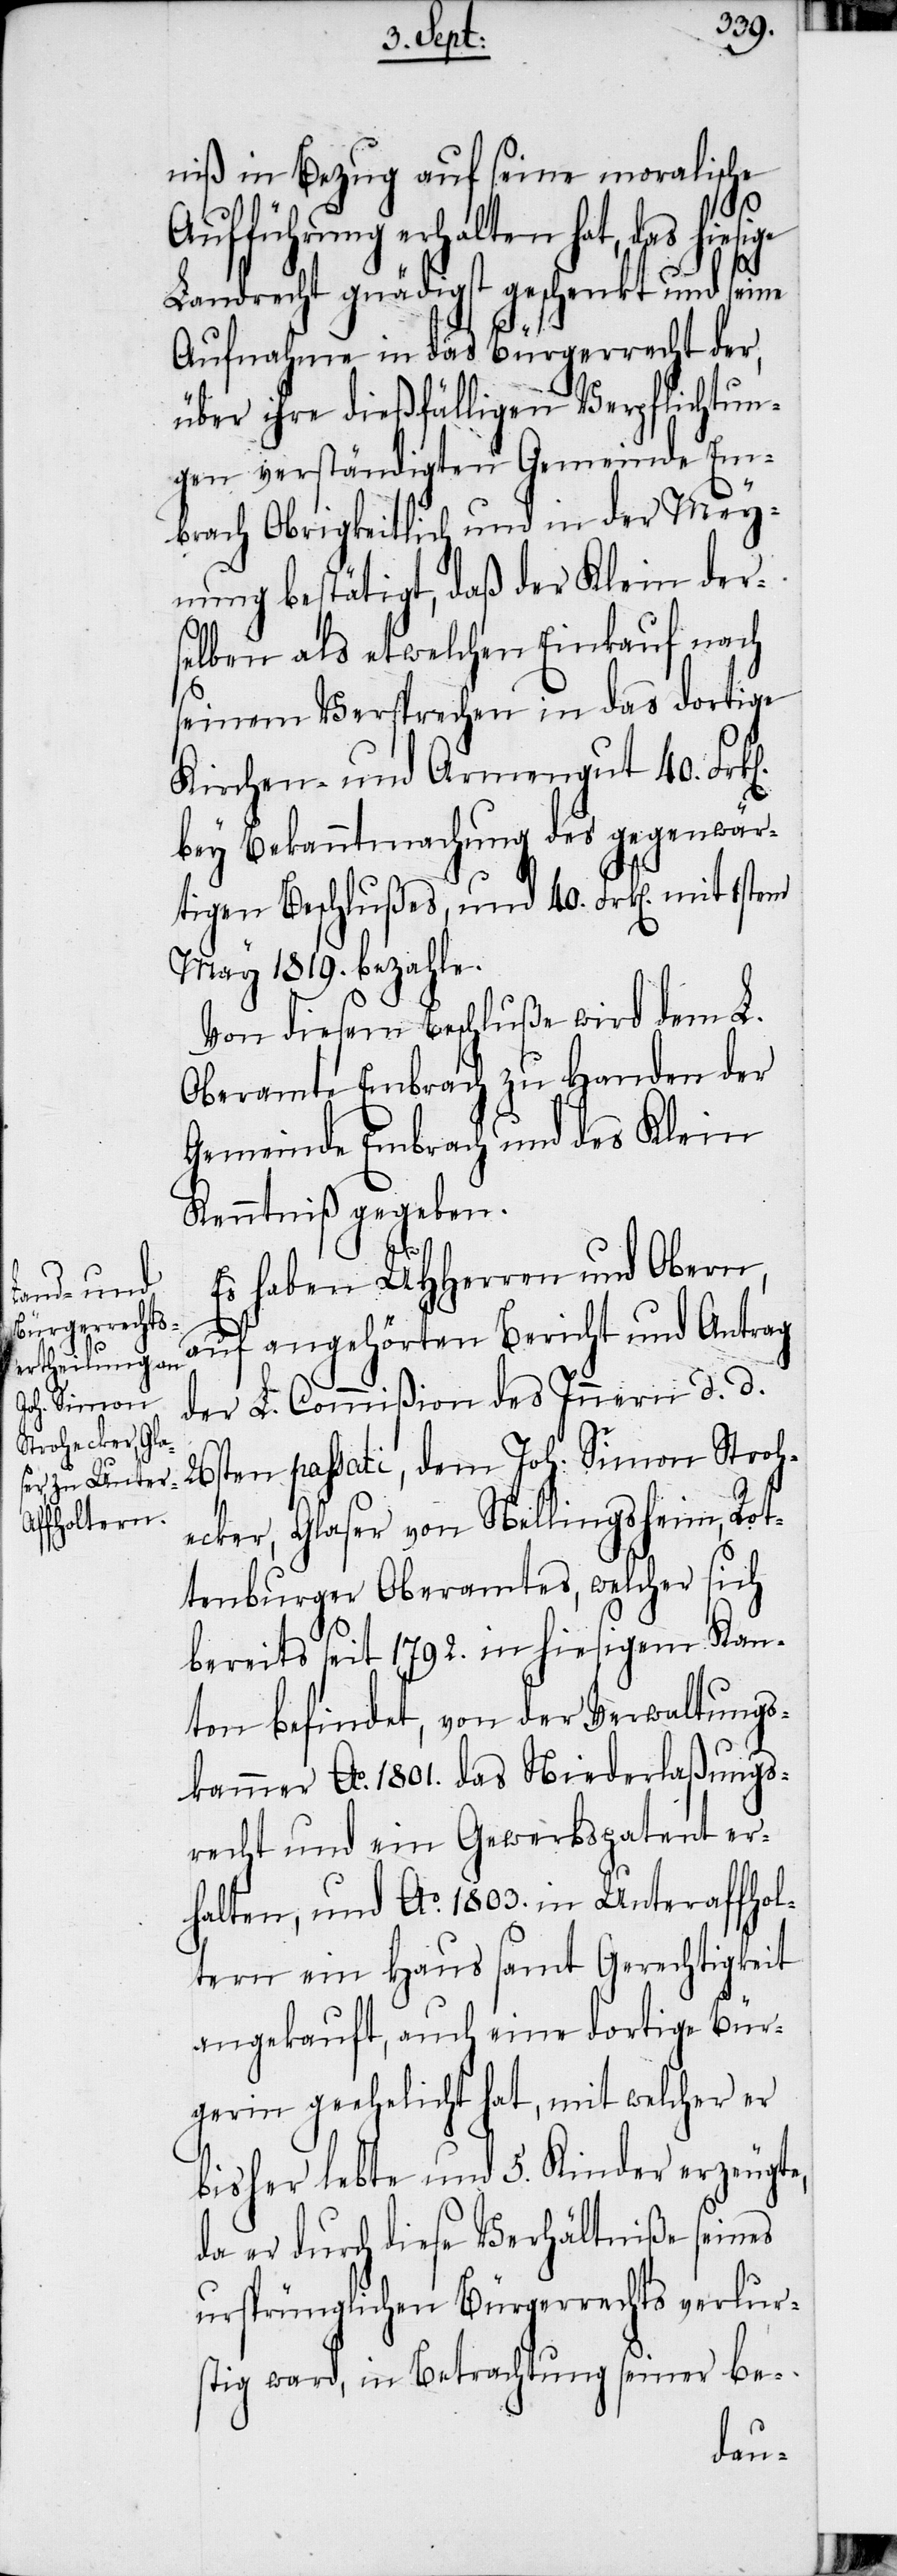
niß in Bezug auf seine moralische
Aufführung erhalten hat, das hiesige
Landrecht gnädigst geschenkt und seine
Aufnahme in das Bürgerrecht der,
über ihre dießfälligen Verpflichtun¬
gen verständigten Gemeinde Em¬
brach Obrigkeitlich und in der Mey¬
nung bestätigt, daß der Klein der¬
selben als etwelchen Einkauf nach
seinem Versprechen in das dortige
Kirchen- und Armengut 40. Frk[e¬
bey Bekanntmachung des gegenwär¬
tigen Beschlußes, und 40. Frk[en]. mit
May 1819. bezahle.
Von diesem Beschluße wird dem L.
Oberamte Embrach zu Handen der
Gemeinde Embrach und des Klein
Kenntniß gegeben.
Es haben UHHerren und Obern,
auf angehörten Bericht und Antrag
der L. Commißion des Innern d. d.
26sten passati, dem Joh. Simon Stroh¬
ecker, Glaser von Nellingsheim, Rot¬
tenburger Oberamtes, welcher sich
bereits seit 1792. in hiesigem Kan¬
ton befindet, von der Verwaltungs¬
kammer Ao. 1801. das Niederlaßungs¬
recht und ein Gewerbspatent er¬
halten, und Ao. 1803. in Unteraffhol¬
tern ein Haus samt Gerechtigkeit
angekauft, auch eine dortige Bür¬
gerin geehelicht hat, mit welcher er
bisher lebte und 5. Kinder erzeugte,
da er durch diese Verhältniße seines
ursprünglichen Bürgerrechts verlur¬
stig ward, in Betrachtung seiner be-

n].